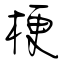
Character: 梗